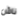
ناش